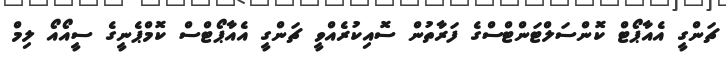
ޗަންގީ އެއާޕޯޓް ކޮންސަލްޓަންޓްސްގެ ފަރާތުން ސޮއިކުރެއްވީ ޗަންގީ އެއާޕޯޓްސް ކޮމްޕެނީގެ ސީއޯއޯ ލިމް